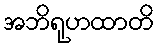
အဘိရုဟထာတိ